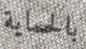
بالحماية